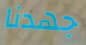
جهدنا